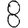
Digit: 8